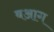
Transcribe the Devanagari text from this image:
बआग